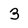
Character: 3